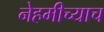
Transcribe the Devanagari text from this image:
नेहमीच्याच